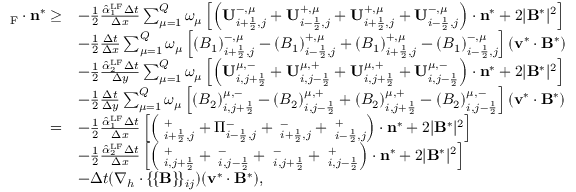
\begin{array} { r l } { { \bf \Pi } _ { \mathrm { { { F } } } } \cdot \mathbf { n } ^ { * } \ge } & { - \frac { 1 } { 2 } \frac { \hat { \alpha } _ { 1 } ^ { \mathrm { L F } } \Delta t } { \Delta x } \sum _ { \mu = 1 } ^ { Q } \omega _ { \mu } \left[ \left( \mathbf { U } _ { i + \frac { 1 } { 2 } , j } ^ { - , \mu } + \mathbf { U } _ { i - \frac { 1 } { 2 } , j } ^ { + , \mu } + \mathbf { U } _ { i + \frac { 1 } { 2 } , j } ^ { + , \mu } + \mathbf { U } _ { i - \frac { 1 } { 2 } , j } ^ { - , \mu } \right) \cdot \mathbf { n } ^ { * } + 2 | \mathbf { B } ^ { * } | ^ { 2 } \right] } \\ & { - \frac { 1 } { 2 } \frac { \Delta t } { \Delta x } \sum _ { \mu = 1 } ^ { Q } \omega _ { \mu } \left[ ( B _ { 1 } ) _ { i + \frac { 1 } { 2 } , j } ^ { - , \mu } - ( B _ { 1 } ) _ { i - \frac { 1 } { 2 } , j } ^ { + , \mu } + ( B _ { 1 } ) _ { i + \frac { 1 } { 2 } , j } ^ { + , \mu } - ( B _ { 1 } ) _ { i - \frac { 1 } { 2 } , j } ^ { - , \mu } \right] ( { \bf v } ^ { * } \cdot { \bf B } ^ { * } ) } \\ & { - \frac { 1 } { 2 } \frac { \hat { \alpha } _ { 2 } ^ { \mathrm { { L F } } } \Delta t } { \Delta y } \sum _ { \mu = 1 } ^ { Q } \omega _ { \mu } \left[ \left( \mathbf { U } _ { i , j + \frac { 1 } { 2 } } ^ { \mu , - } + \mathbf { U } _ { i , j - \frac { 1 } { 2 } } ^ { \mu , + } + \mathbf { U } _ { i , j + \frac { 1 } { 2 } } ^ { \mu , + } + \mathbf { U } _ { i , j - \frac { 1 } { 2 } } ^ { \mu , - } \right) \cdot \mathbf { n } ^ { * } + 2 | \mathbf { B } ^ { * } | ^ { 2 } \right] } \\ & { - \frac { 1 } { 2 } \frac { \Delta t } { \Delta y } \sum _ { \mu = 1 } ^ { Q } \omega _ { \mu } \left[ ( B _ { 2 } ) _ { i , j + \frac { 1 } { 2 } } ^ { \mu , - } - ( B _ { 2 } ) _ { i , j - \frac { 1 } { 2 } } ^ { \mu , + } + ( B _ { 2 } ) _ { i , j + \frac { 1 } { 2 } } ^ { \mu , + } - ( B _ { 2 } ) _ { i , j - \frac { 1 } { 2 } } ^ { \mu , - } \right] ( { \bf v } ^ { * } \cdot { \bf B } ^ { * } ) } \\ { = } & { - \frac { 1 } { 2 } \frac { \hat { \alpha } _ { 1 } ^ { \mathrm { L F } } \Delta t } { \Delta x } \left[ \left( { \bf \Pi } _ { i + \frac { 1 } { 2 } , j } ^ { + } + \Pi _ { i - \frac { 1 } { 2 } , j } ^ { - } + { \bf \Pi } _ { i + \frac { 1 } { 2 } , j } ^ { - } + { \bf \Pi } _ { i - \frac { 1 } { 2 } , j } ^ { + } \right) \cdot \mathbf { n } ^ { * } + 2 | \mathbf { B } ^ { * } | ^ { 2 } \right] } \\ & { - \frac { 1 } { 2 } \frac { \hat { \alpha } _ { 2 } ^ { \mathrm { { L F } } } \Delta t } { \Delta x } \left[ \left( { \bf \Pi } _ { i , j + \frac { 1 } { 2 } } ^ { + } + { \bf \Pi } _ { i , j - \frac { 1 } { 2 } } ^ { - } + { \bf \Pi } _ { i , j + \frac { 1 } { 2 } } ^ { - } + { \bf \Pi } _ { i , j - \frac { 1 } { 2 } } ^ { + } \right) \cdot \mathbf { n } ^ { * } + 2 | \mathbf { B } ^ { * } | ^ { 2 } \right] } \\ & { - \Delta t ( \nabla _ { h } \cdot \lbrace \! \lbrace \mathbf { B } \rbrace \! \rbrace _ { i j } ) ( \mathbf { v } ^ { * } \cdot \mathbf { B } ^ { * } ) , } \end{array}